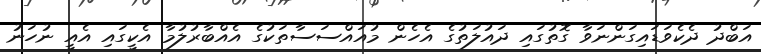
އަބްދު ދެކެވަޑައިގަންނަވާ ގޮތުގައި ދައުލަތުގެ އެހެން މުއައްސަސާތަކުގެ އެއްބާރުލުމާ އެކީގައި އެއީ ނުހަނު